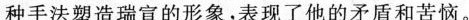
种手法塑造瑞宣的形象，表现了他的矛盾和苦恼。